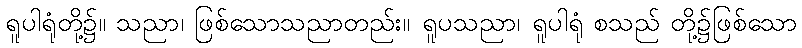
ရူပါရုံတို့၌။ သညာ၊ ဖြစ်သောသညာတည်း။ ရူပသညာ၊ ရူပါရုံ စသည် တို့၌ဖြစ်သော